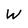
Character: W